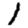
Digit: 1